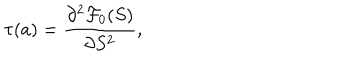
\tau ( a ) = { \frac { \partial ^ { 2 } { \cal F } _ { 0 } ( S ) } { \partial S ^ { 2 } } } ,